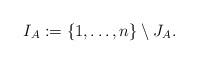
LaTeX: \begin{align*}I_A := \{ 1 , \ldots , n \} \setminus J_A.\end{align*}